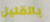
بالقليل